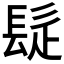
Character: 𩬂